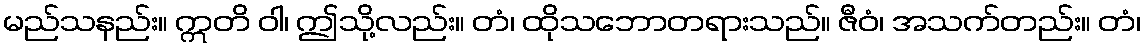
မည်သနည်း။ ဣတိ ဝါ၊ ဤသို့လည်း။ တံ၊ ထိုသဘောတရားသည်။ ဇီဝံ၊ အသက်တည်း။ တံ၊